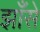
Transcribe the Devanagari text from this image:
झाँसे